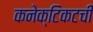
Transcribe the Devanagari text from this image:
कनेक्टिकटची